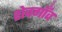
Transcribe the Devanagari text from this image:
शेवगाँव